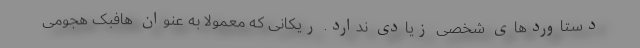
دستاوردهای شخصی زیادی ندارد. ریکانی که معمولاً به عنوان هافبک هجومی